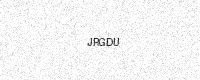
Text: JRGDU